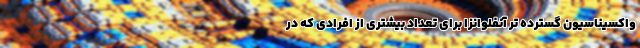
واکسیناسیون گسترده تر آنفلوانزا برای تعداد بیشتری از افرادی که در